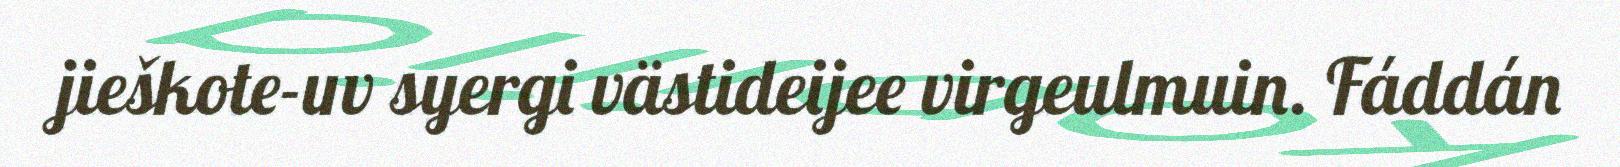
jieškote-uv syergi västideijee virgeulmuin. Fáddán